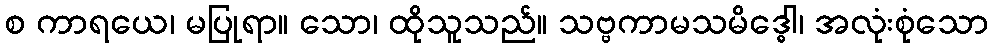
စ ကာရယေ၊ မပြုရာ။ သော၊ ထိုသူသည်။ သဗ္ဗကာမသမိဒ္ဓေါ၊ အလုံးစုံသော